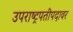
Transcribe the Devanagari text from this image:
उपराष्ट्रपतीपदावर